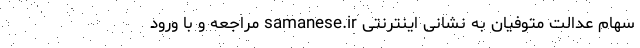
سهام عدالت متوفیان به نشانی اینترنتی samanese.ir مراجعه و با ورود